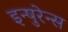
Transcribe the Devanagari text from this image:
इन्षुरेन्स